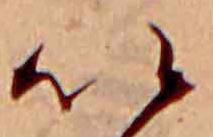
い